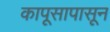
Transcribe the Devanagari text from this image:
कापूसापासून